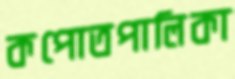
কপোতপালিকা